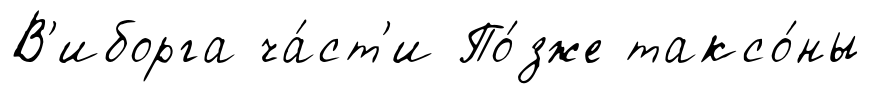
В'иборга ча́ст'и По́зже таксо́ны